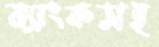
ব্যাংকসহ